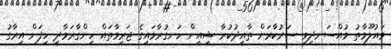
މައުލޫމާތު މުއްސަނދިވި ސަރުކާރަށް ތާއީދުކުރާ ޝީއީން ހަނގުރާމައިގެ ޖަރީމާތައް ހިންގާރަމާދީ ހިފަން އިރާގު